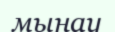
мынау